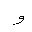
Letter: _waw